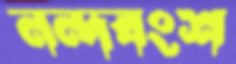
নন্দবংশ